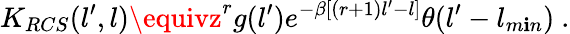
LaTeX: K_{RCS}(l^{\prime},l)\equivz^{r}g(l^{\prime})e^{-\beta[(r+1)l^{\prime}-l]}\theta(l^{\prime}-l_{m\mathbf{i}n})\ .